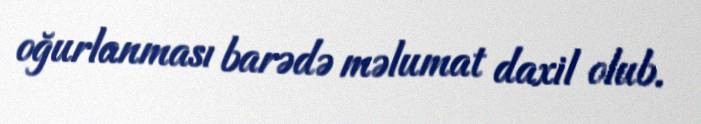
oğurlanması barədə məlumat daxil olub.